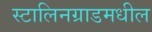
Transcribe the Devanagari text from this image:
स्टालिनग्राडमधील